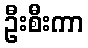
ဦးစီးကာ